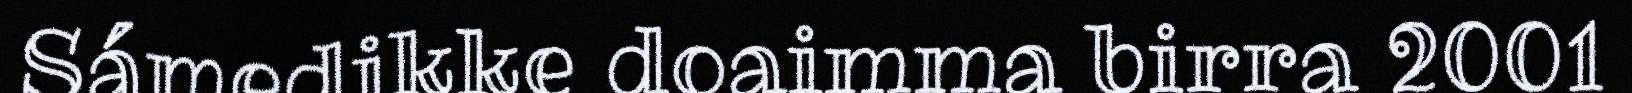
Sámedikke doaimma birra 2001